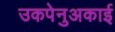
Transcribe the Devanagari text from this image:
उकपेनुअकाई